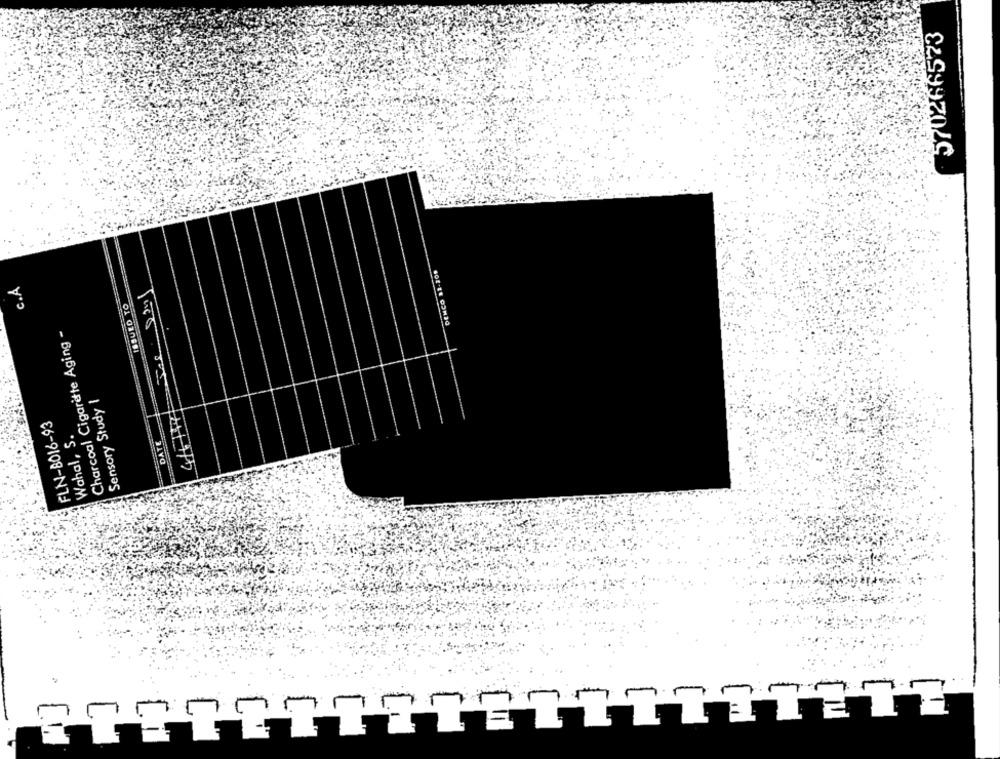
570266573
DENCO 22-208
C.A.
ISSUED TO
Charcoal Cigarette Aging -
Sensory Study |
FLN-8016-93
Waha !, S.
DATE
.
4